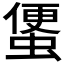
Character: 𧍻